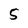
Character: 5